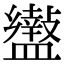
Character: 𥃍